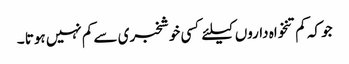
جو کہ کم تنخواہ داروں کیلئے کسی خوشخبری سے کم نہیں ہوتا ۔